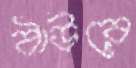
ঠাউরে